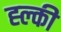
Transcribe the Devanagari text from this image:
ह्ल्की